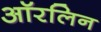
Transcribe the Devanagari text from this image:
ऑरलिन